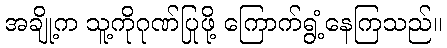
အချို့က သူ့ကိုဂုဏ်ပြုဖို့ ကြောက်ရွံ့နေကြသည်။